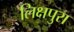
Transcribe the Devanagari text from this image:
लिक्षपुरा